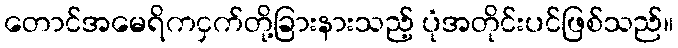
တောင်အမေရိကငှက်တို့ခြားနားသည့် ပုံအတိုင်းပင်ဖြစ်သည်။